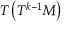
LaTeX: T \left( T ^ { k - 1 } M \right)